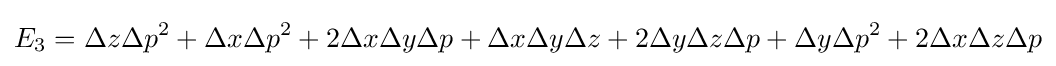
E_{3}=\Delta z\Delta p^{2}+\Delta x\Delta p^{2}+2\Delta x\Delta y\Delta p+\Delta x\Delta y\Delta z+2\Delta y\Delta z\Delta p+\Delta y\Delta p^{2}+2\Delta x\Delta z\Delta p